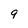
Character: 9